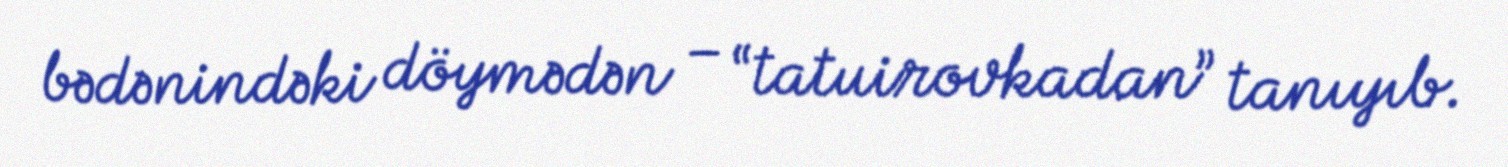
bədənindəki döymədən – “tatuirovkadan” tanıyıb.